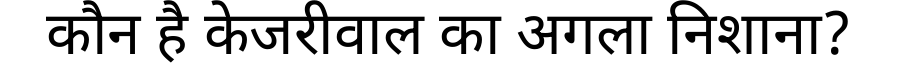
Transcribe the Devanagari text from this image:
कौन है केजरीवाल का अगला निशाना?